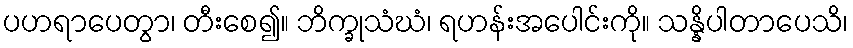
ပဟရာပေတွာ၊ တီးစေ၍။ ဘိက္ခုသံဃံ၊ ရဟန်းအပေါင်းကို။ သန္နိပါတာပေသိ၊